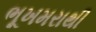
ભૂખમરાથી